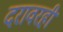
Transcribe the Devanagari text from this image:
दरावरही